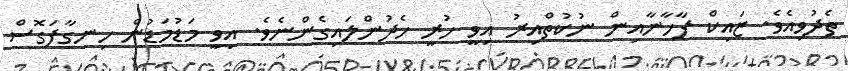
ތެދުވިއެވެ. ޒައިކް ފާހާނާއިން ނުކުތްއިރު އިވީ ހުރީ ހެދުންލައިގެންނެވެ. އިވީ މަޑުމަޑުން ހިނގާފަގޮސް